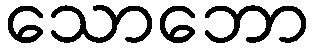
သောဘော